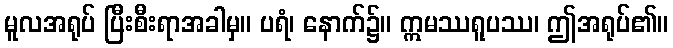
မူလအရုပ် ပြီးစီးရာအခါမှ။ ပရံ၊ နောက်၌။ ဣမဿရူပဿ၊ ဤအရုပ်၏။